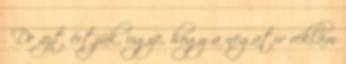
. De azt értjük, ugye, hogy a negatív reklám